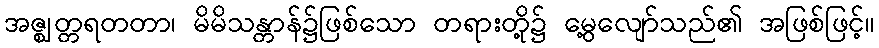
အဇ္ဈတ္တရတတာ၊ မိမိသန္တာန်၌ဖြစ်သော တရားတို့၌ မွေ့လျော်သည်၏ အဖြစ်ဖြင့်။